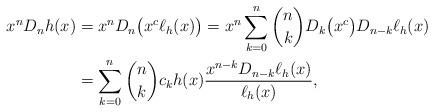
LaTeX: \begin{align*} x^nD_nh(x)&=x^nD_n\big(x^c\ell_h(x)\big)=x^n\sum_{k=0}^n\binom{n}{k}D_k\big(x^c\big)D_{n-k}\ell_h(x)\\ &=\sum_{k=0}^n\binom{n}{k}c_kh(x)\frac{x^{n-k}D_{n-k}\ell_h(x)}{\ell_h(x)},\end{align*}